Lunatic asylums Central Provinces reports 1910-1926 - 1910-1926
Year: 1910
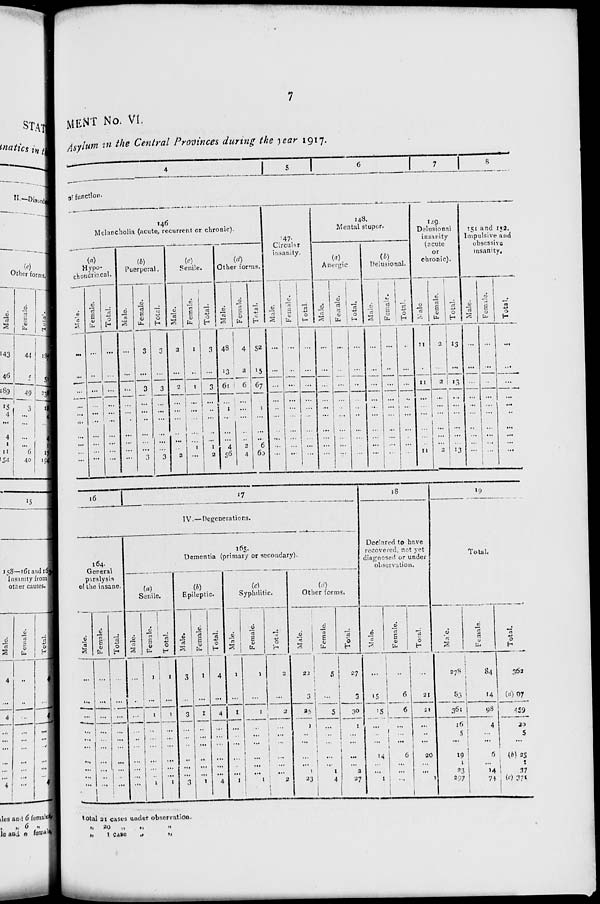
7
MENT No. VI.
Asylum in the Central Provinces during the year 1917.
4
5
6
7
8
of function.
146
Melancholia (acute, recurrent or chronic).
(a)
Hypo-
chondriacal.
Male.
...
...
...
...
...
...
...
...
...
...
Female.
...
...
...
...
...
...
...
...
...
...
Total.
...
...
...
...
...
...
...
...
...
...
(b)
Puerperal.
Male.
...
...
...
...
...
...
...
...
...
...
Female.
3
...
3
...
...
...
...
...
...
3
Total.
3
...
3
...
...
...
...
...
...
3
(c)
Senile.
Male.
2
...
2
...
...
...
...
...
...
2
Female.
1
...
1
...
...
...
...
...
1
...
Total.
3
...
3
...
...
...
...
...
1
2
(d)
Other forms.
Male.
48
13
61
...
1
...
...
...
4
56
Female.
4
2
6
...
...
...
...
...
2
4
Total.
52
15
67
...
1
...
...
...
6
60
147
Circular
insanity.
Male.
...
...
...
...
...
...
...
...
...
...
Female.
...
...
...
...
...
...
...
...
...
...
Total.
...
...
...
...
...
...
...
...
...
...
148.
Mental stupor.
(a)
Anergic.
Male.
...
...
...
...
...
...
...
...
...
...
Female.
...
...
...
...
...
...
...
...
...
...
Total.
...
...
...
...
...
...
...
...
...
...
(b)
Delusional.
Male.
...
...
...
...
...
...
...
...
...
...
Female.
...
...
...
...
...
...
...
...
...
...
Total.
...
...
...
...
...
...
...
...
...
...
149.
Delusional
insanity
(acute
or
chronic).
Male.
11
...
11
...
...
...
...
...
...
11
Female.
2
...
2
...
...
...
...
...
...
2
Total.
13
...
13
...
...
...
...
...
...
13
151 and 152.
Impulsive and
obsessive
insanity.
Male.
...
...
...
...
...
...
...
...
...
...
Female.
...
...
...
...
...
...
...
...
...
...
Total.
...
...
...
...
...
...
...
...
...
...
16
17
IV.—Degenerations.
164.
General
paralysis
of the insane.
Male.
...
...
...
...
...
...
...
...
...
...
Female.
...
...
...
... ...
...
...
...
...
...
Total.
...
...
...
...
...
...
...
...
...
...
Dementia (primary or secondary).
(a)
Senile.
Male.
...
...
...
...
...
...
...
...
...
...
Female.
1
...
1
...
...
...
...
...
...
1
Total.
1
...
1
...
...
...
...
...
...
1
(b)
Epileptic.
Male.
3
...
3
...
...
...
...
...
...
3
Female.
1
...
1
...
...
...
...
...
...
1
Total.
4
...
4
...
...
...
...
...
...
4
(c)
Syphilitic.
Male.
1
...
1
...
...
...
...
...
...
1
Female.
1
...
1
...
...
...
...
...
...
1
Total.
2
...
2
...
...
...
...
...
...
2
(d)
Other forms.
Male.
22
3
25
1
...
...
...
...
1
23
Female.
5
...
5
...
...
...
...
...
1
4
Total.
27
3
30
1
...
...
...
...
2
27
18
Declared to have
recovered, not yet
diagnosed or under
observation.
Male.
...
15
15
...
...
...
14
...
...
1
Female.
...
6
6
...
...
...
6
...
...
...
Total.
...
21
21
...
...
...
20
...
...
1
19
Total.
Male.
278
83
361
16
5
...
19
1
23
297
Female.
84
14
98
4
...
...
6
...
14
74
Total.
362
(a) 97
459
20
5
...
(b) 25
1
37
(c) 371
total 21 cases under observation.
„ 20 „ „ „
„ 1 case „ „